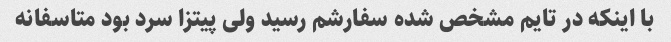
با اینکه در تایم مشخص شده سفارشم رسید ولی پیتزا سرد بود متاسفانه